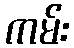
ကမ်း